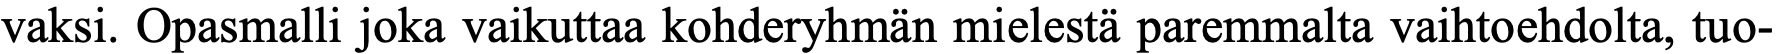
vaksi. Opasmalli joka vaikuttaa kohderyhmän mielestä paremmalta vaihtoehdolta, tuo-